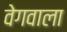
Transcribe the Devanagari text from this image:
वेगवाला